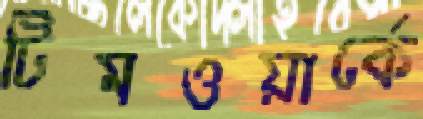
টিমওয়ার্কে